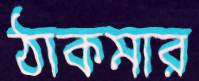
ঠাকমার